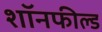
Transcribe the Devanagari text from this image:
शॉनफील्ड